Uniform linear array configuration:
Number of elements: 4
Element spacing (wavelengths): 0.5
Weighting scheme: hamming
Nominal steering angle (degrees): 45
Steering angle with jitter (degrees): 44.188
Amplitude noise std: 0.05
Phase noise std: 0.05

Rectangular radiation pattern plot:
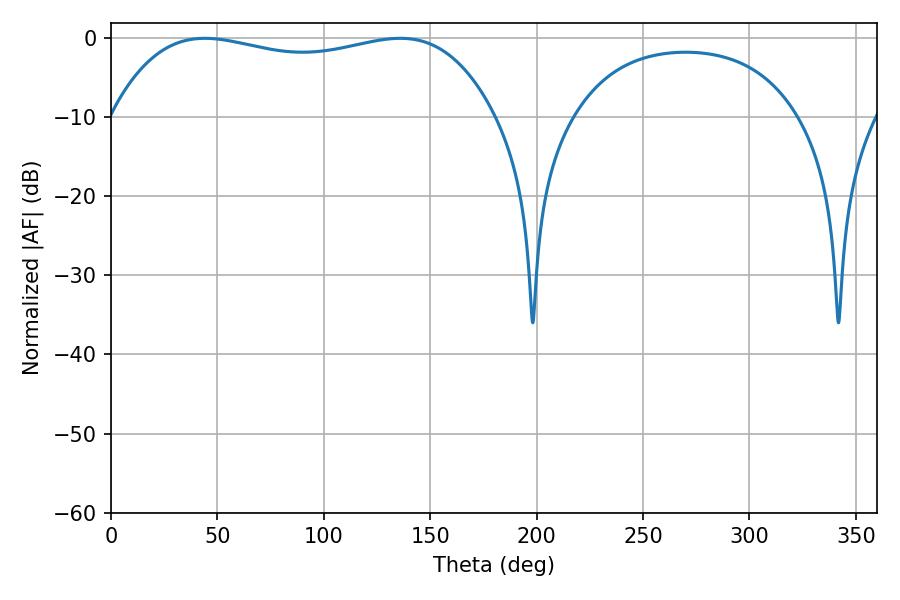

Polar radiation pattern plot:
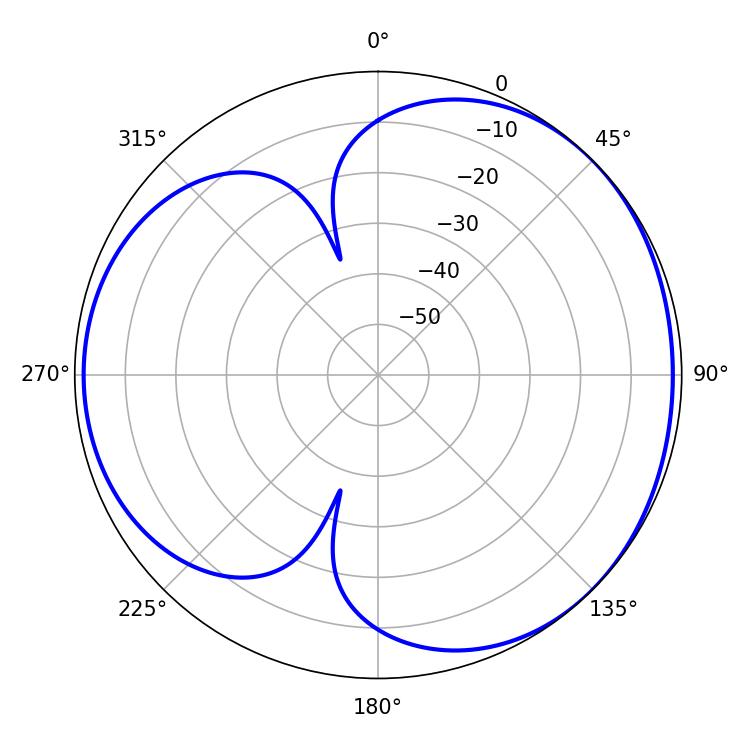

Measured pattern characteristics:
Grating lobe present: FALSE
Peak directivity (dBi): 3.791
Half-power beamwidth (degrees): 145.44
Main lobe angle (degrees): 44.1